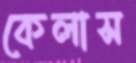
কেলাস